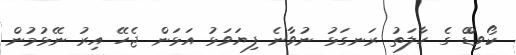
ކޯވިޑްް ގެ ހާލަތު ރަނގަޅު ނުވާނެ ފިޔަވަޅު އަޅަން ޖެހޭ އިރު ނޭޅުމުން